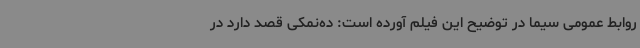
روابط عمومی سیما در توضیح این فیلم آورده است: ده‌نمکی قصد دارد در